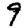
Digit: 9